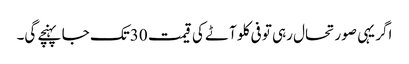
اگر یہی صورتحال رہی تو فی کلو آٹے کی قیمت 30تک جا پہنچے گی۔